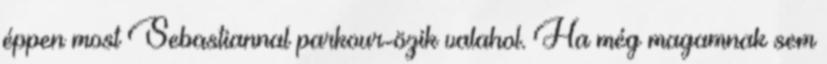
éppen most Sebastiannal parkour-özik valahol. Ha még magamnak sem